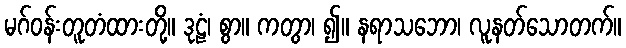
မဂ်ဝန်းတူတံထားတို့။ ဒုဠံ၊ စွာ။ ကတွာ၊ ၍။ နရာသဘော၊ လူနတ်သောတက်။